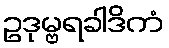
ဥဒုမ္ဗရခါဒိကံ